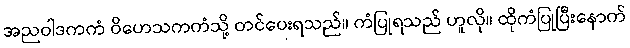
အညဝါဒကကံ ဝိဟေသကကံသို့ တင်ပေးရသည်။ ကံပြုရသည် ဟူလို။ ထိုကံပြုပြီးနောက်